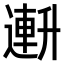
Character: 𫧧